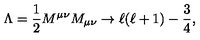
\Lambda = { \frac { 1 } { 2 } } M ^ { \mu \nu } M _ { \mu \nu } \rightarrow \ell ( \ell + 1 ) - { \frac { 3 } { 4 } } ,